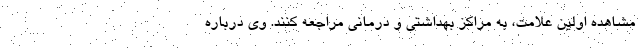
مشاهده اولین علامت، به مراکز بهداشتی و درمانی مراجعه کنند. وی درباره